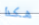
هكذا